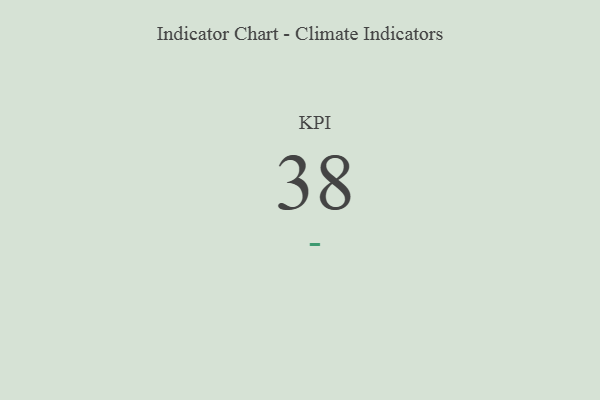
{"axis": {"x": "KPI", "y": "Value"}, "legend": [""], "data": [{"x": "KPI", "y": 38, "type": ""}]}